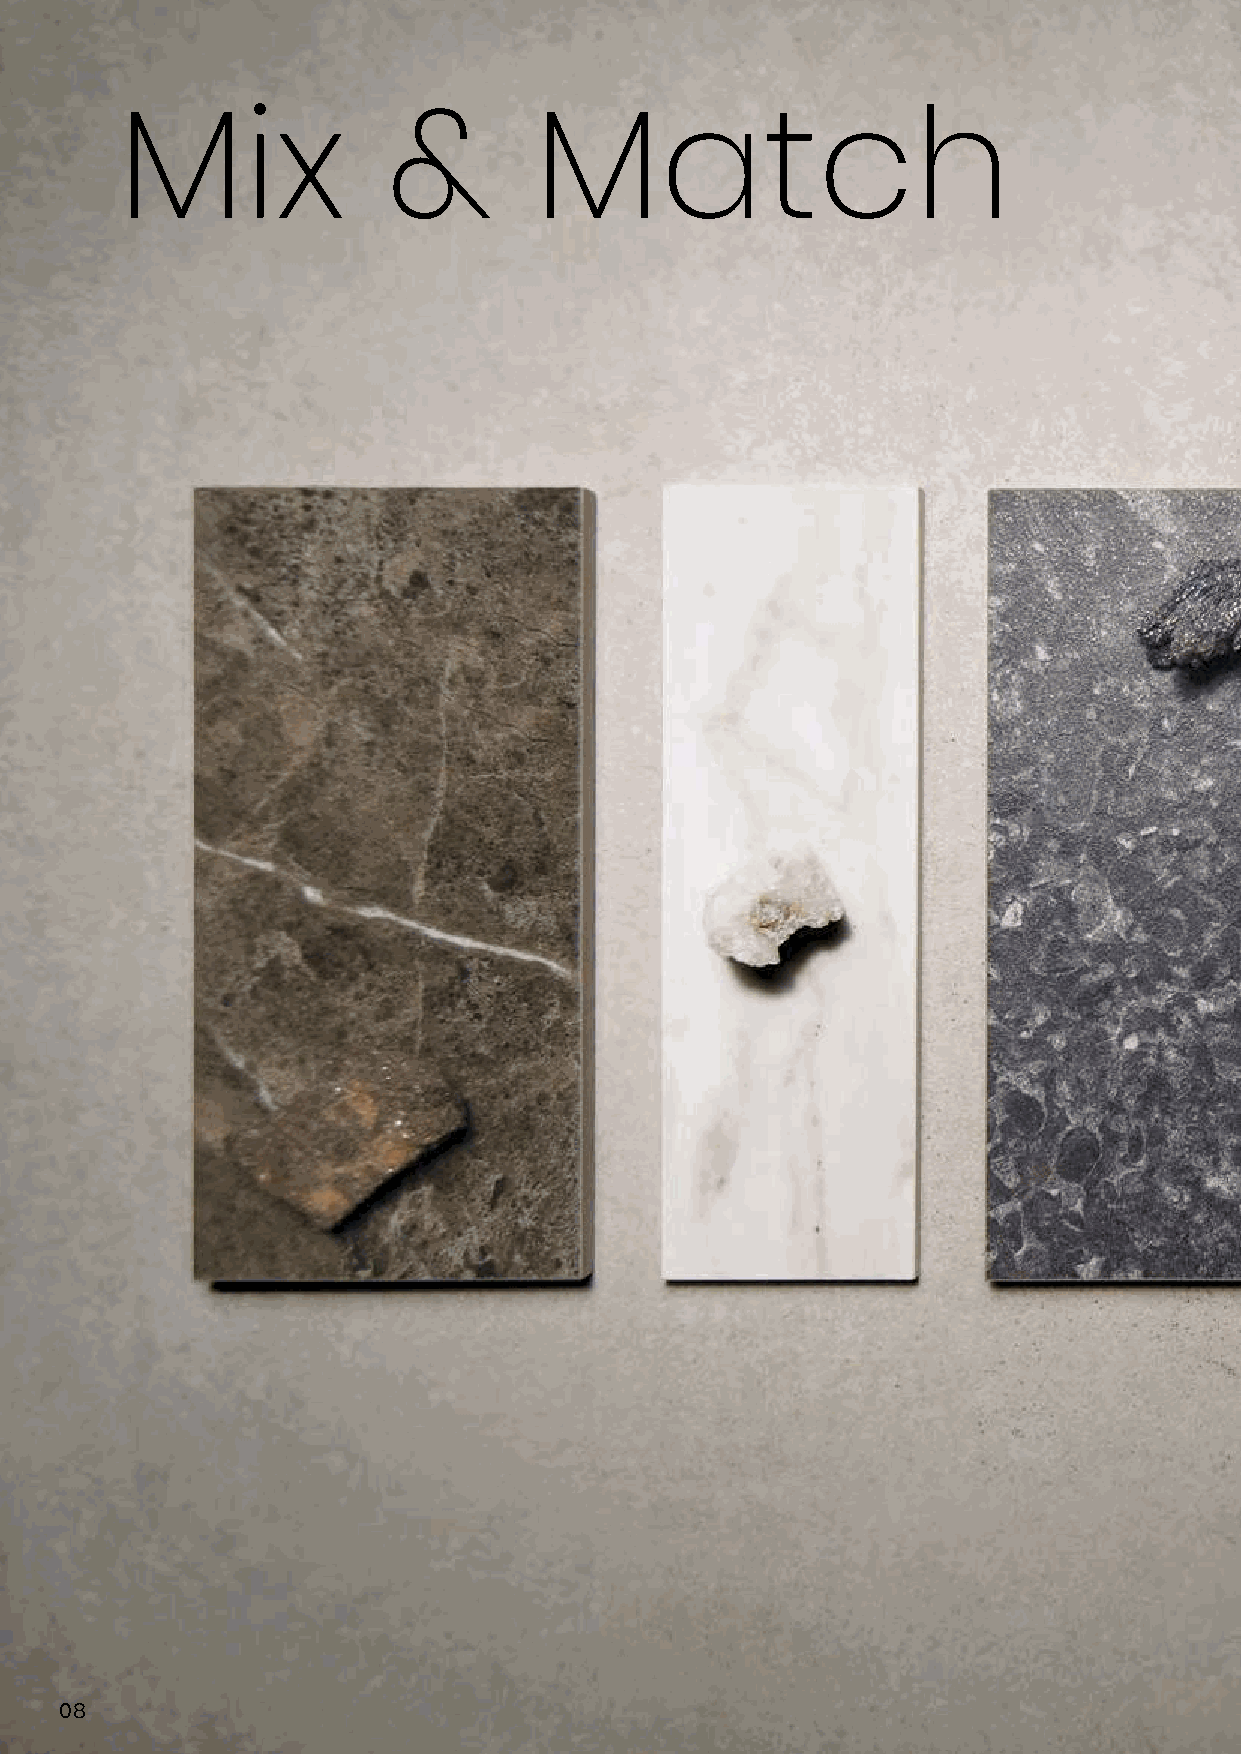
Mix               &        Match
 08